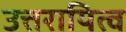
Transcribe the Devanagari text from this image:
उत्तरायित्व